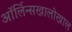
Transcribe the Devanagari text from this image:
ऑर्लिन्सखालोखाल